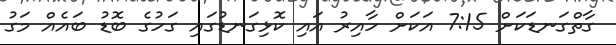
ގާތްގަނޑަކަށް 7:15 އަކަށް ހާއިރު އައި ކޮޅިގަނޑުގައި ގަހުގެ ބޮޑު ބައެއް މަގު